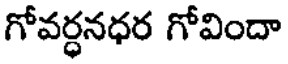
గోవర్ధనధర గోవిందా